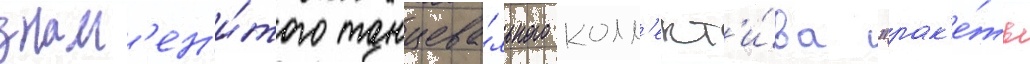
знам'ен'и́того танцева́льного колл'ект'и́ва "рак'е́ты